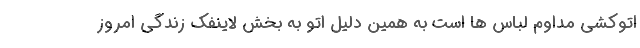
اتوکشی مداوم لباس ها است به همین دلیل اتو به بخش لاینفک زندگی امروز